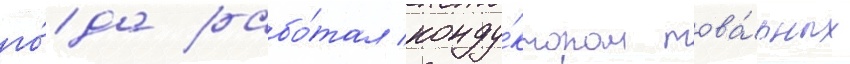
го́да рабо́тал конду́ктором това́рных